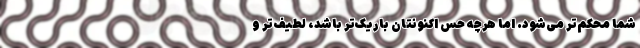
شما محکم‌تر می‌شود. اما هرچه حس اکنونتان باریک‌تر باشد، لطیف‌تر و